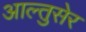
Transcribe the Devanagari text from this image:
आल्तुसेर